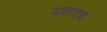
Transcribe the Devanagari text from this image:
वाताशय